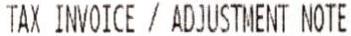
TAX INVOICE / ADJUSTMENT NOTE